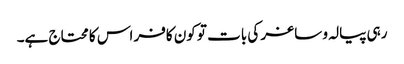
رہی پیالہ و ساغر کی بات تو کون کافر اس کا محتاج ہے۔